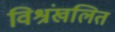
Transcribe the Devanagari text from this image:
विश्रंखलित